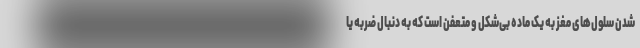
شدن سلول‌های مغز به یک ماده بی‌شکل و متعفن است که به دنبال ضربه یا